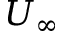
U _ { \infty }